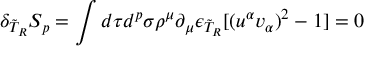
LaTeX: \delta _ { \tilde { T } _ { R } } S _ { p } = \int d \tau d ^ { p } \sigma \rho ^ { \mu } \partial _ { \mu } \epsilon _ { \tilde { T } _ { R } } [ ( u ^ { \alpha } v _ { \alpha } ) ^ { 2 } - 1 ] = 0